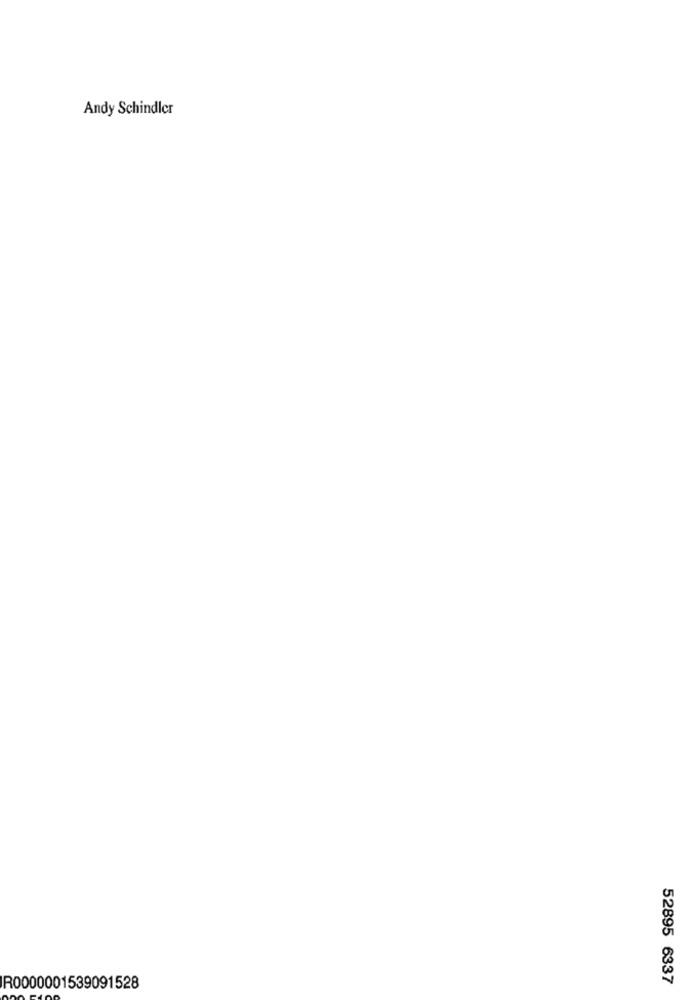
Andy Schindler
52895 6337
R0000001539091528